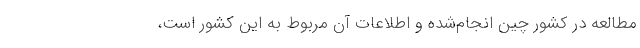
مطالعه در کشور چین انجام‌شده و اطلاعات آن مربوط به این کشور است،